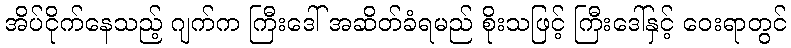
အိပ်ငိုက်နေသည့် ဂျက်က ကြီးဒေါ် အဆိတ်ခံရမည် စိုးသဖြင့် ကြီးဒေါ်နှင့် ဝေးရာတွင်